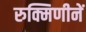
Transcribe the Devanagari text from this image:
रुक्मिणीनें